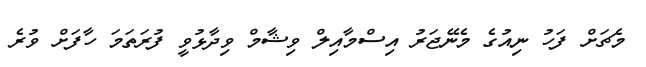
މެޗަށް ފަހު ނިއުގެ މެނޭޖަރު އިސްމާއިލް ވިޝާމް ވިދާޅުވީ ފުރަތަމަ ހާފަށް ވުރެ